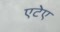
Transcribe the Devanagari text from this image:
एटेए